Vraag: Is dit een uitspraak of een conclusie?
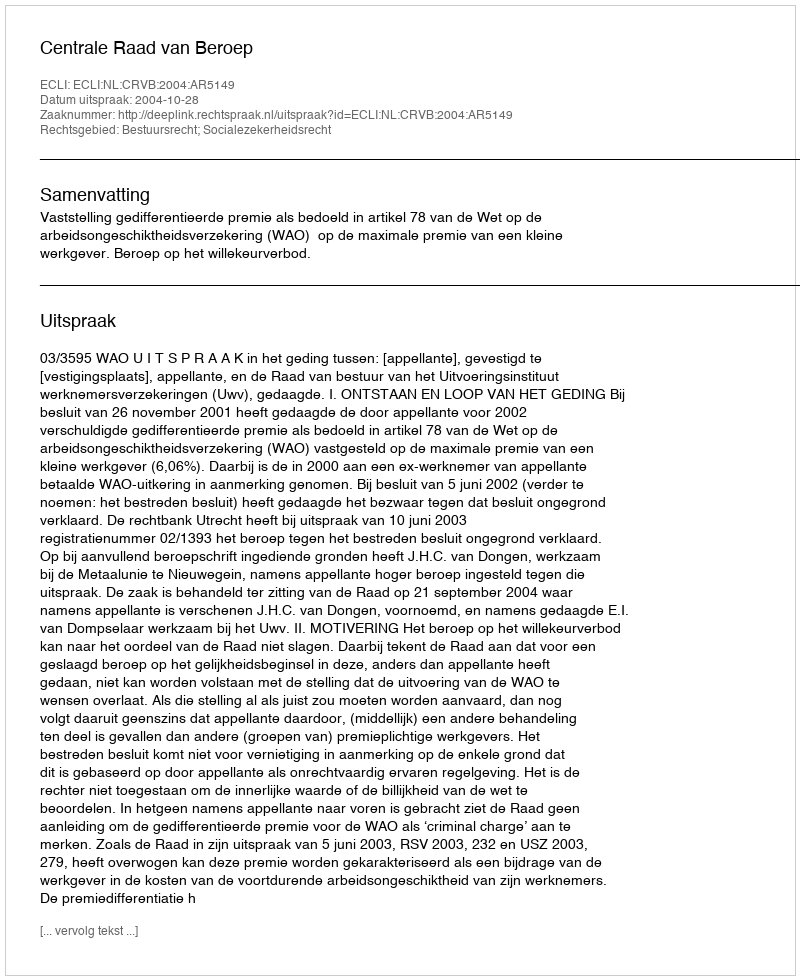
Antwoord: Uitspraak